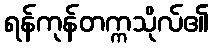
ရန်ကုန်တက္ကသိုလ်၏